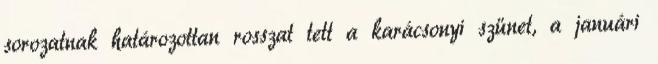
sorozatnak határozottan rosszat tett a karácsonyi szünet, a januári